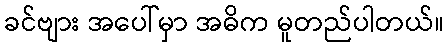
ခင်ဗျား အပေါ်မှာ အဓိက မူတည်ပါတယ်။